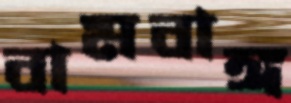
বামবাঙ্গ